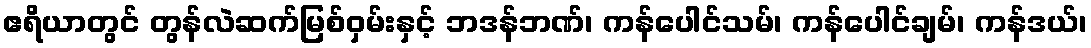
ဧရိယာတွင် တွန်လဲဆက်မြစ်ဝှမ်းနှင့် ဘဒန်ဘဏ်၊ ကန်ပေါင်သမ်၊ ကန်ပေါင်ချမ်၊ ကန်ဒယ်၊